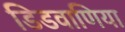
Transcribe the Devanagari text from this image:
डिडवाणिया